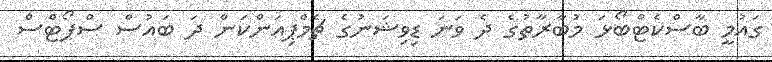
ގައުމީ ބާސްކެޓްބޯޅަ މުބާރާތުގެ ދެ ވަނަ ޑިވިޝަނުގެ ޗެމްޕިއަންކަން ދަ ބައުސް ސްޕޯޓްސް